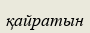
қайратын